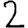
Digit: 2